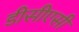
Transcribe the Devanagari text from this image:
डीसीएसी